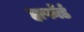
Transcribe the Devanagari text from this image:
हार्फोर्ड